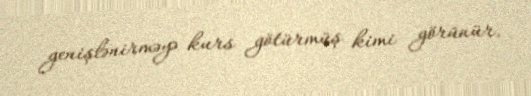
genişlənirməyə kurs götürmüş kimi görünür.